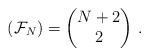
LaTeX: \begin{align*} (\mathcal{F}_N)=\begin{pmatrix} N+2\\2 \end{pmatrix}\,.\end{align*}